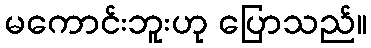
မကောင်းဘူးဟု ပြောသည်။